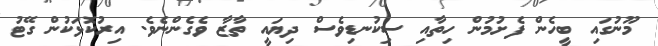
މޫނުގައި ބީހެން ފެށުމުން ހިތާއި ސިކުނޑިވެސް ދިޔައީ ތާޒާ ވެގެންނެވެ. އިރުކޮޅަކުން ގޭޓު